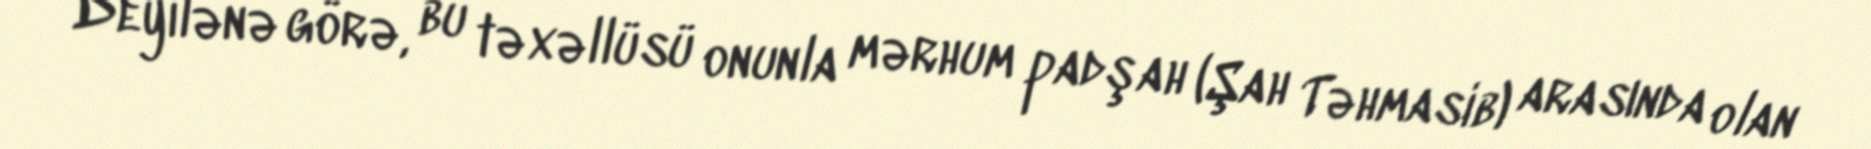
Deyilənə görə, bu təxəllüsü onunla mərhum padşah (Şah Təhmasib) arasında olan